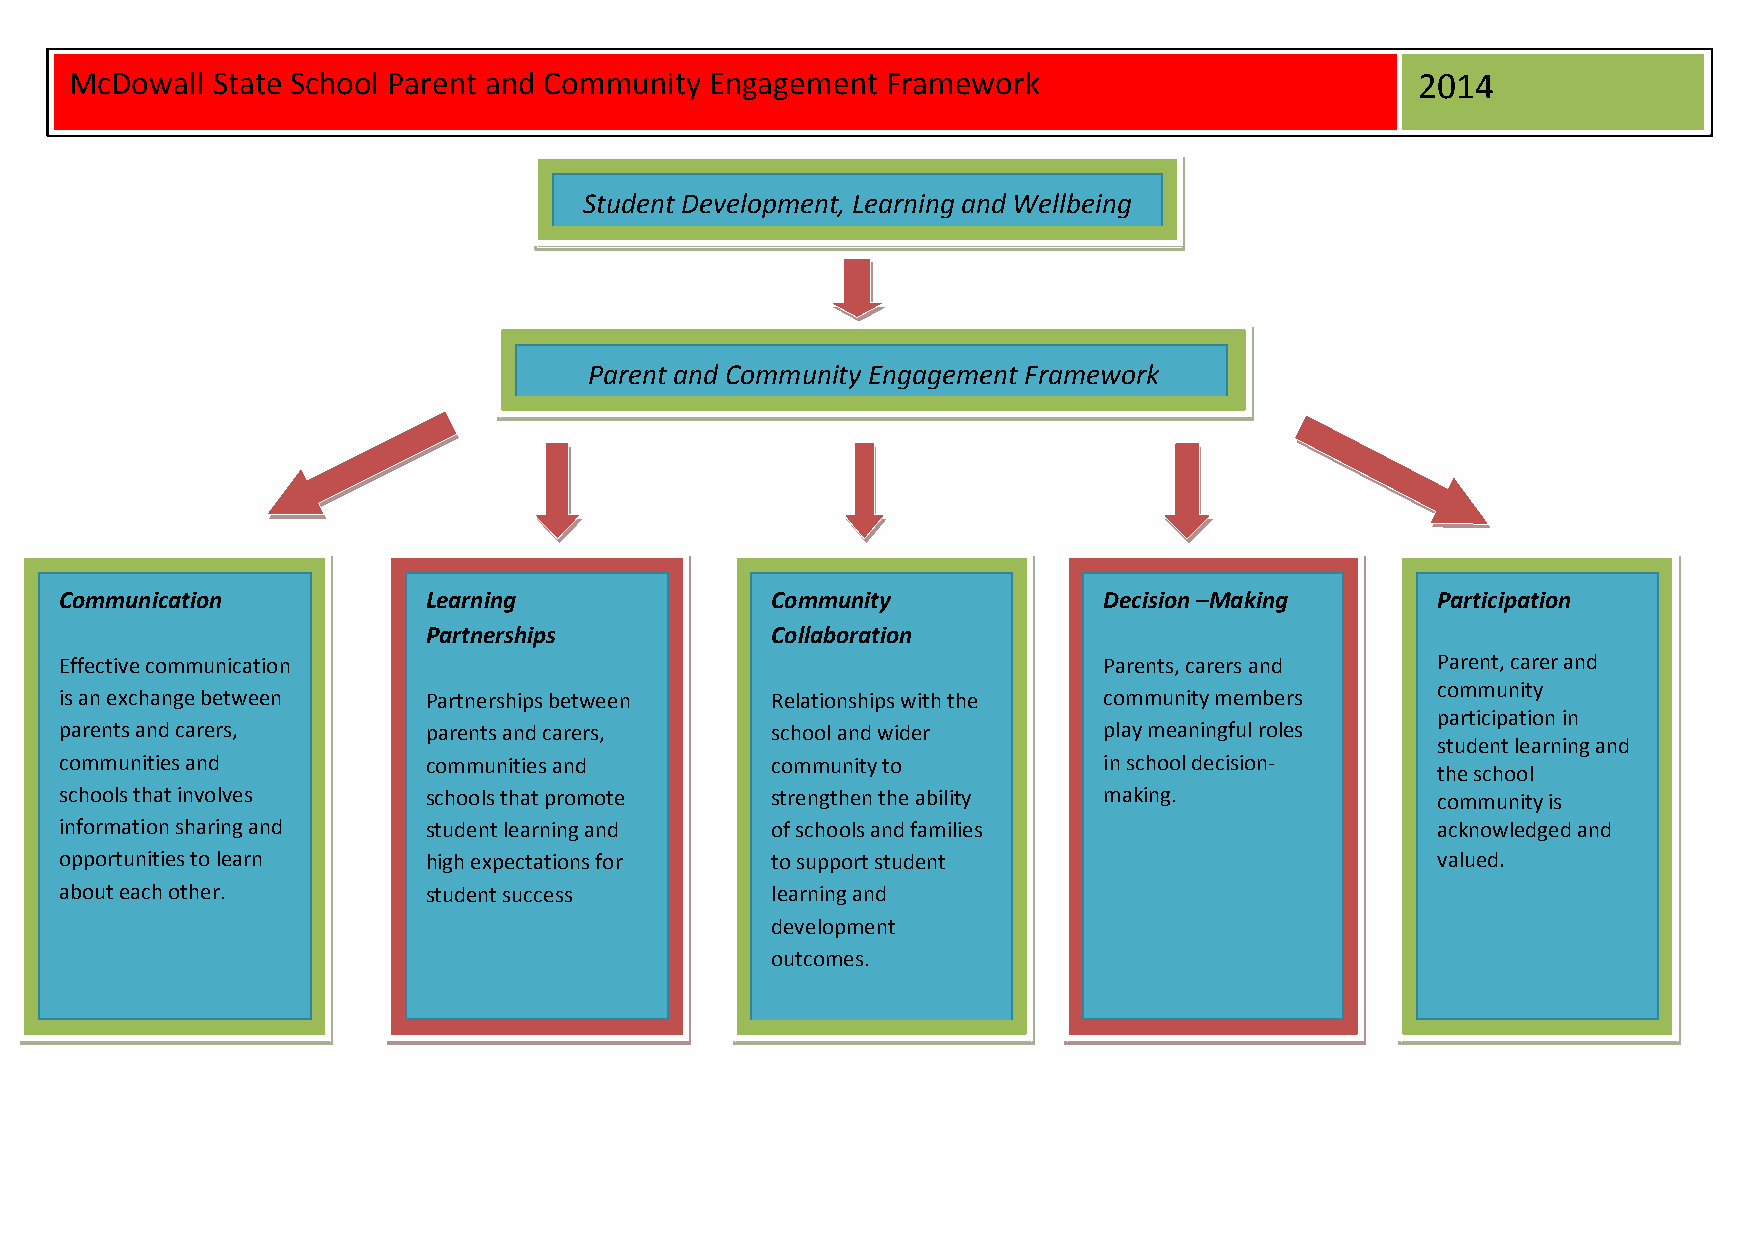
McDowall State School Parent and Community Engagement Framework                          2014
 Student Development, Learning and Wellbeing
 Parent and Community Engagement Framework
 Communication           Learning               Community             Decision –Making      Participation
 Partnerships           Collaboration
 Effective communication                                              Parents, carers and   Parent, carer and
 community
 is an exchange between  Partnerships between   Relationships with the community members
 participation in
 parents and carers,     parents and carers,    school and wider      play meaningful roles
 student learning and
 communities and         communities and        community to          in school decision-
 the school
 schools that involves   schools that promote   strengthen the ability making.              community is
 information sharing and student learning and   of schools and families                     acknowledged and
 opportunities to learn  high expectations for  to support student                          valued.
 about each other.       student success        learning and
 development
 outcomes.